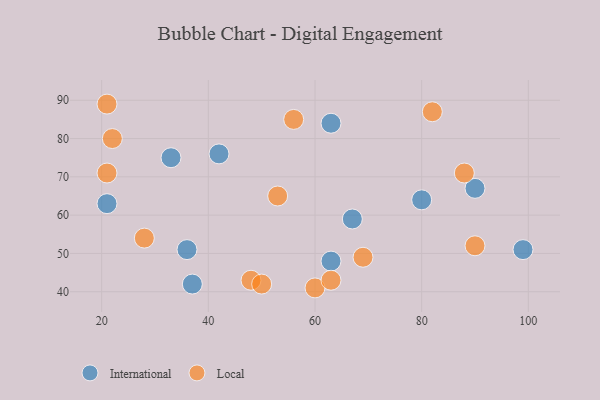
{"axis": {"x": "GDP", "y": "Life Expectancy"}, "legend": ["International", "Local"], "data": [{"x": "80", "y": 64, "type": "International"}, {"x": "90", "y": 67, "type": "International"}, {"x": "63", "y": 84, "type": "International"}, {"x": "63", "y": 48, "type": "International"}, {"x": "36", "y": 51, "type": "International"}, {"x": "99", "y": 51, "type": "International"}, {"x": "21", "y": 63, "type": "International"}, {"x": "67", "y": 59, "type": "International"}, {"x": "33", "y": 75, "type": "International"}, {"x": "42", "y": 76, "type": "International"}, {"x": "37", "y": 42, "type": "International"}, {"x": "48", "y": 43, "type": "Local"}, {"x": "69", "y": 49, "type": "Local"}, {"x": "21", "y": 71, "type": "Local"}, {"x": "28", "y": 54, "type": "Local"}, {"x": "60", "y": 41, "type": "Local"}, {"x": "50", "y": 42, "type": "Local"}, {"x": "88", "y": 71, "type": "Local"}, {"x": "82", "y": 87, "type": "Local"}, {"x": "56", "y": 85, "type": "Local"}, {"x": "90", "y": 52, "type": "Local"}, {"x": "63", "y": 43, "type": "Local"}, {"x": "21", "y": 89, "type": "Local"}, {"x": "22", "y": 80, "type": "Local"}, {"x": "53", "y": 65, "type": "Local"}]}